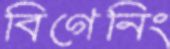
বিগেনিং